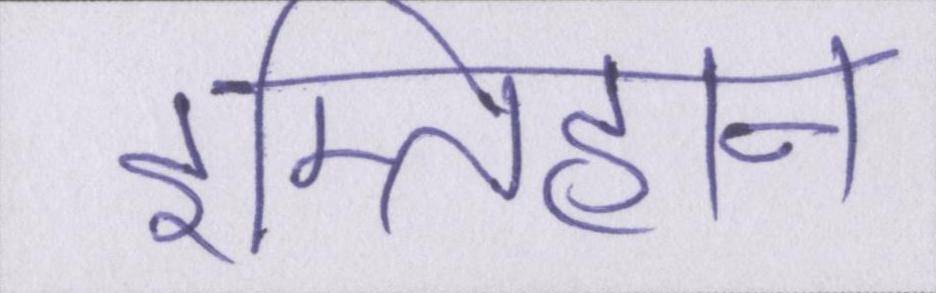
इम्तिहान